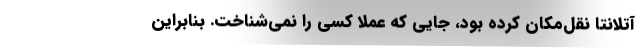
آتلانتا نقل‌مکان کرده بود، جایی که عملاً کسی را نمی‌شناخت. بنابراین